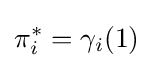
\pi _{i}^{*}=\gamma _{i}(1)